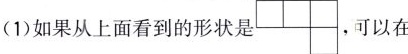
(1)如果从上面看到的形状是 ，可以在